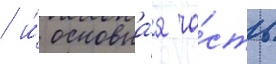
/ и́ основна́я ча́сть